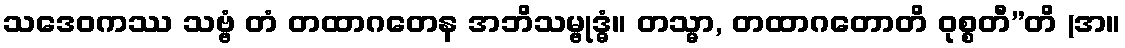
သဒေဝကဿ သဗ္ဗံ တံ တထာဂတေန အဘိသမ္ဗုဒ္ဓံ။ တသ္မာ, တထာဂတောတိ ဝုစ္စတီ”တိ (အ။